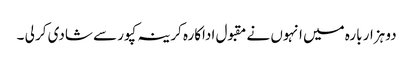
دو ہزار بارہ میں انہوں نے مقبول اداکارہ کرینہ کپور سے شادی کر لی ۔